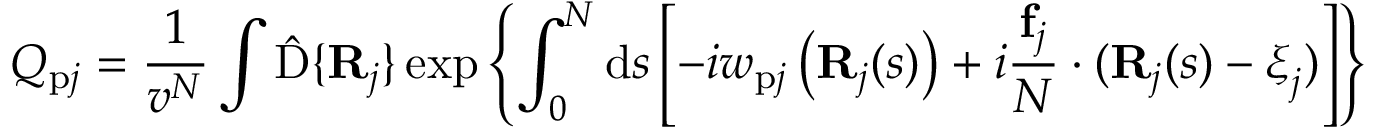
Q _ { \mathrm { p } j } = \frac { 1 } { v ^ { N } } \int \hat { \mathrm { D } } \{ \mathbf { R } _ { j } \} \exp \left\{ \int _ { 0 } ^ { N } \mathrm { d } s \left[ - i w _ { \mathrm { p } j } \left( \mathbf { R } _ { j } ( s ) \right) + i \frac { \mathbf { f } _ { j } } { N } \cdot ( \mathbf { R } _ { j } ( s ) - \boldsymbol { \xi } _ { j } ) \right] \right\}